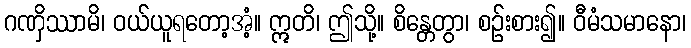
ဂဏှိဿာမိ၊ ဝယ်ယူရတော့အံ့။ ဣတိ၊ ဤသို့။ စိန္တေတွာ၊ စဉ်းစား၍။ ဝီမံသမာနော၊